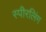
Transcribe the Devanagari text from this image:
स्पीरलिंग